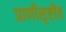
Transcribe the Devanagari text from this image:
प्राणीसृष्टीत